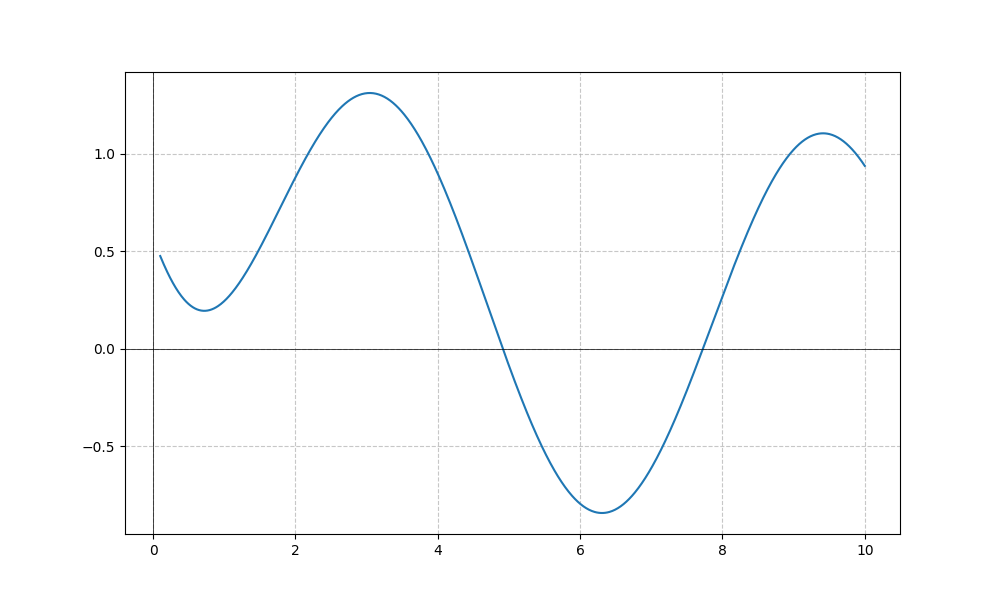
LaTeX formula: - \cos{\left(x \right)} + \operatorname{acot}{\left(x \right)}